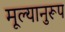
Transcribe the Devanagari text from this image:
मूल्यानुरूप